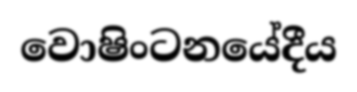
වොෂිංටනයේදීය